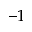
^ { - 1 }